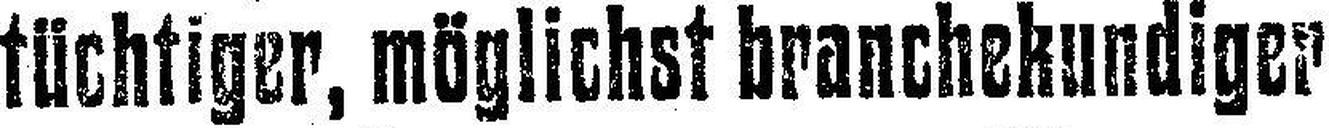
tüchtiger, möglichst branchekundiger